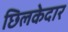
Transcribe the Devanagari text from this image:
छिलकेदार